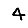
Digit: 4